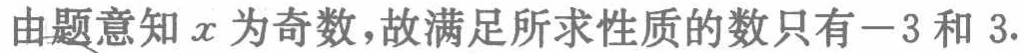
由题意知 \(x\) 为奇数，故满足所求性质的数只有\(-3\) 和 \(3\).